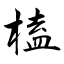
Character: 榼